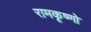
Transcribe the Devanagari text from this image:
रामकृष्णो